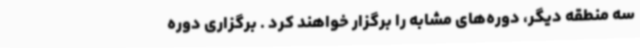
سه منطقه دیگر، دوره‌های مشابه را برگزار خواهند کرد . برگزاری دوره